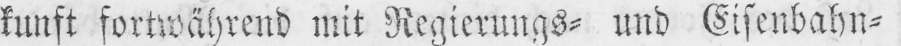
kunft fortwährend mit Regierungs⸗ und Eisenbahn⸗